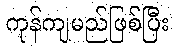
ကုန်ကျမည်ဖြစ်ပြီး